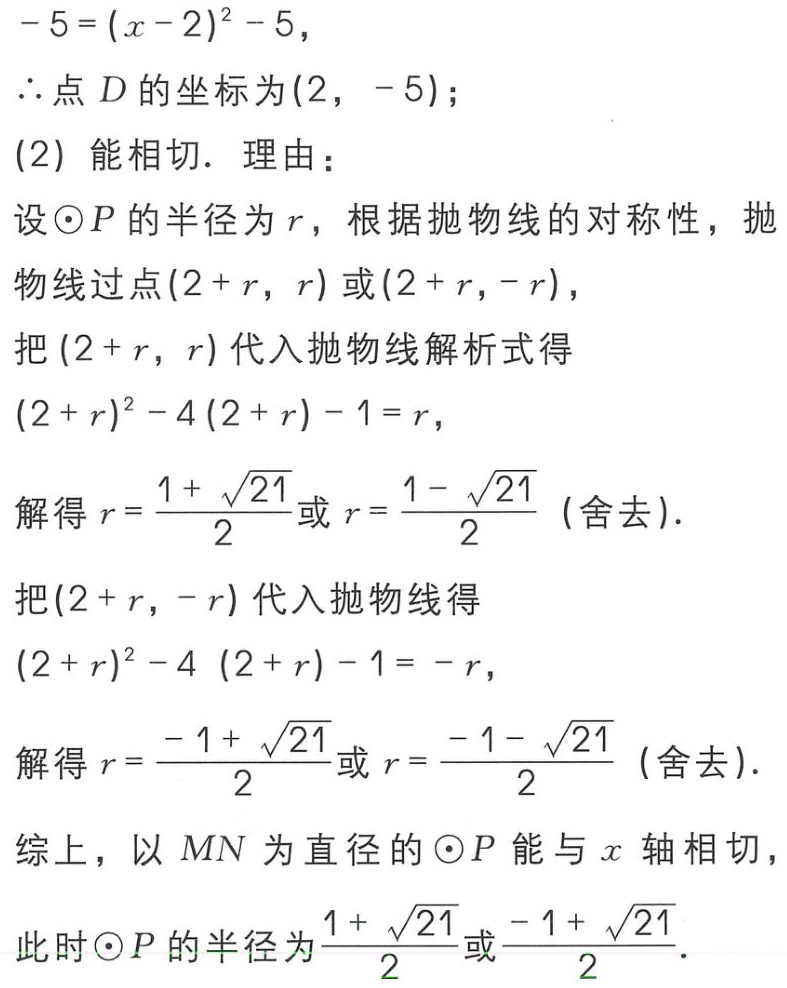
\(-5=(x - 2)^2 - 5\)，
\(\therefore\)点\(D\)的坐标为\((2, - 5)\)；
(2) 能相切. 理由：
设\(\odot P\)的半径为\(r\)，根据抛物线的对称性，抛物线过点\((2 + r, r)\)或\((2 + r, - r)\)，
把\((2 + r, r)\)代入抛物线解析式得
\((2 + r)^2 - 4(2 + r) - 1 = r\)，
解得\(r = \frac{1 + \sqrt{21}}{2}\)或\(r = \frac{1 - \sqrt{21}}{2}\)（舍去）.
把\((2 + r, - r)\)代入抛物线得
\((2 + r)^2 - 4 (2 + r) - 1 = - r\)，
解得\(r = \frac{- 1 + \sqrt{21}}{2}\)或\(r = \frac{- 1 - \sqrt{21}}{2}\)（舍去）.
综上，以\(MN\)为直径的\(\odot P\)能与\(x\)轴相切，
此时\(\odot P\)的半径为\(\frac{1 + \sqrt{21}}{2}\)或\(\frac{- 1 + \sqrt{21}}{2}\).